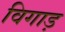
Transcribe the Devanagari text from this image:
विगाड़